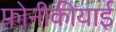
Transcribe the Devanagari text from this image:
फ़ोनीकीयाई